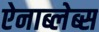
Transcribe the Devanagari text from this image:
ऐनाब्लेब्स